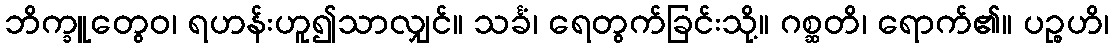
ဘိက္ခူတွေဝ၊ ရဟန်းဟူ၍သာလျှင်။ သင်္ခံ၊ ရေတွက်ခြင်းသို့။ ဂစ္ဆတိ၊ ရောက်၏။ ပဉ္စဟိ၊